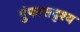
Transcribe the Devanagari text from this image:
गुंफासदृश्य